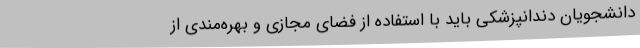
دانشجویان دندانپزشکی باید با استفاده از فضای مجازی و بهره‌مندی از